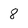
Character: 8